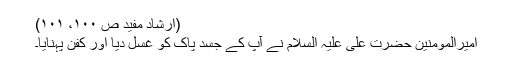
(ارشاد مفید ص ۱۰۰، ۱۰۱)
امیرالمومنین حضرت علی علیہ السلام نے آپ کے جسد پاک کو غسل دیا اور کفن پہنایا۔